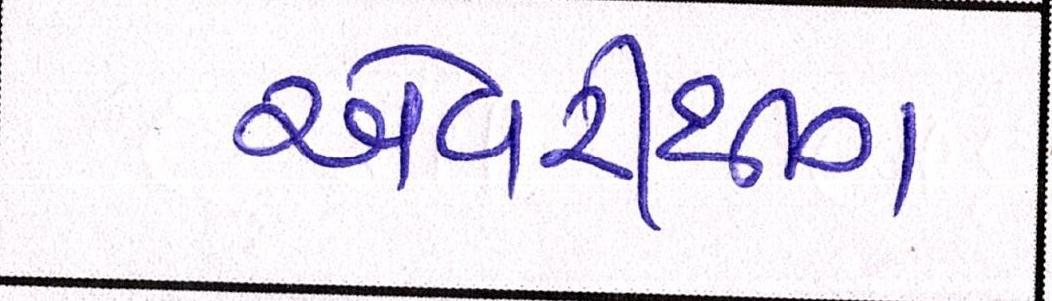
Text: એવરીથીંગ